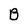
Character: B